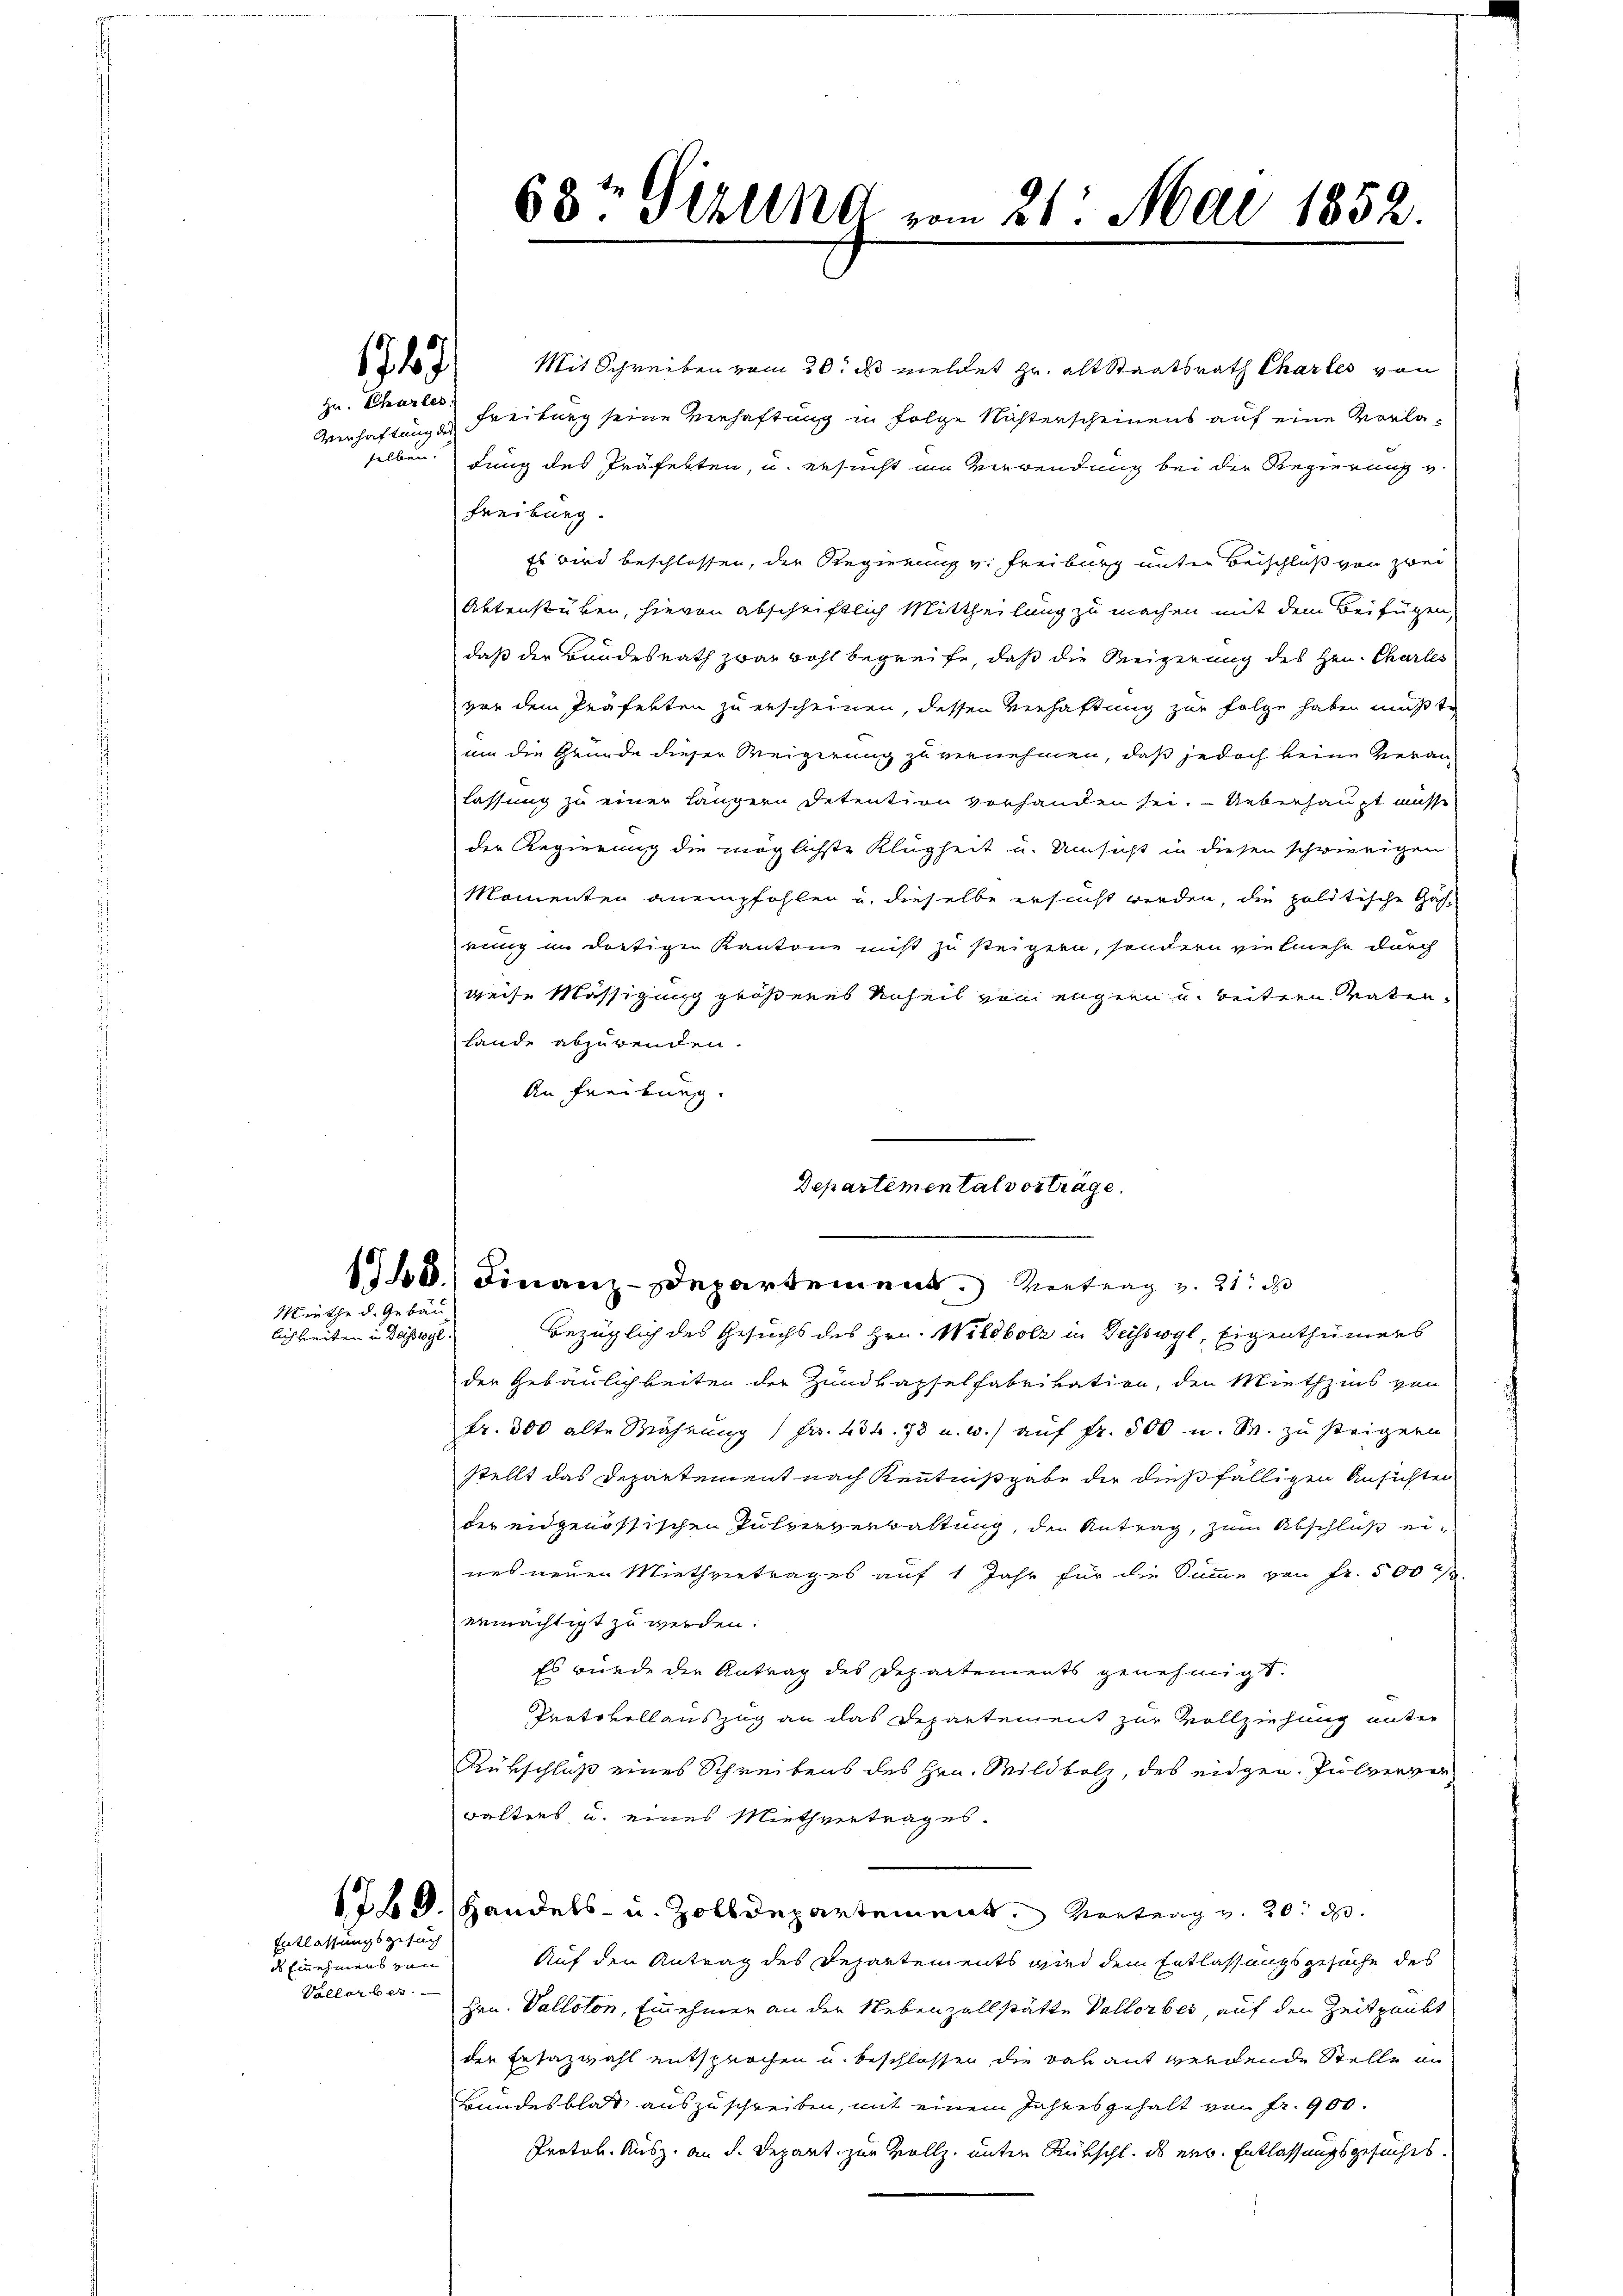
Miethe d. Gebäu
lichkeiten in Beisswyl.

1747
Hr. Charler

Verhaftung des
selben.

Entlassungsgesuch

ds Einnehmens von
Vollerbes

68t Grund vom 21. Mai 1852.

Mit Schreiben vom 20. ds meldet zu alt Staatsrath Chartes von
Freiburg seine Verhaftung in folge Nichterscheinens auf eine Vorladung des Präfekten, u. ersucht im Verwendung bei der Regierung v.
Freiburg.
Es wird beschlossen, der Regierung v. Freiburg unter Beischluß von zwei
Aktenstüken, hievon abschriftlich Mittheilung zu machen mit dem Beifügen
daß der Bundesrath zwar wohl begreife, daß die Weigerung des Hrn. Chartes
vor dem Präfekten zu erscheinen, dessen Verhaftung zur Folge haben mußte
um die Grunde dieser Weigerung zu vernehmen, daß jedoch keine Veranlassung zu einer längern Detention vorhanden sei. Ueberhaupt müsse
der Regierung die möglichste Klugheit u. Umsicht in diesen schwierigen
Momenten anempfohlen u. dieselbe ersucht werden, die politische Gas-
rung im dortigen Kantone nicht zu steigern, sondern vielmehr durch
weise Mässigung größeres Unheil von engern u. beitern vaten¬
Lande abzuwenden.
An Freiburg.
Departemental vorträge.

140.) Finanz-Departement. Vertrag v. 21. d
Bezüglich des Gesuchs des Hrn. Wildbolz in Weisswyl, Eigenthümers

der Gebäulichkeiten der Zundkapselfabrikation, den Miethzins von
Fr. 300 alte Währung (Fr. 434. 78 u. w.) auf Fr. 500 u. M. zu steigern
stellt das Departement nach Kenntnißgabe der dießfälligen Ansichten
der eidgenössischen Pulververwaltung, der Antrag, zum Abschluß eines neuen Miethvertrages auf 1 Jahr für die Summe von Fr. 500
ermächtigt zu werden.
Es wurde der Antrag des Departements genehmigt.
Protokollauszug an das Departement zur Vollziehung unter
Rübschluß eines Schreibens des Hrn. Wildbolz, des eidgen. Pulverver
walters, u. eines Miethvertrages.
17.) Handels- u. Zolldepartement. Vortrag v. 20. d.
Auf den Antrag des Departements wird dem Entlassungsgesuche des
Hrn. Valloton, Einnehmen an der Nebenzollstätte Vollorbes, auf den Zeitpunkt
den Ersatzwahl entsprochen u. beschlossen, die davant werdende Stelle in
Bundesblatt auszuschreiben, mit einem Jahresgehalt von fr. 900.
Protok. Ausz. an d. Depart zur Vollz, unter Rükschl. ds er. Entlassungsgesuches